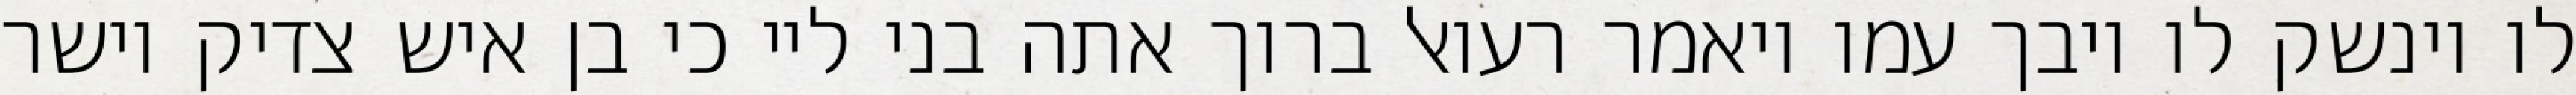
לו וינשק לו ויבך עמו ויאמר רעואל ברוך אתה בני ליי כי בן איש צדיק וישר